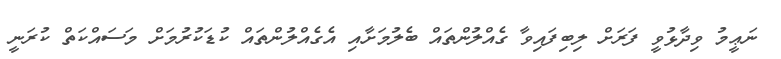
ނަޢީމު ވިދާޅުވީ ފަރަށް ލިބިފައިވާ ގެއްލުންތައް ބެލުމަށާއި އެގެއްލުންތައް ކުޑަކުރުމަށް މަސައްކަތް ކުރަނީ